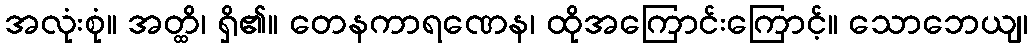
အလုံးစုံ။ အတ္ထိ၊ ရှိ၏။ တေနကာရဏေန၊ ထိုအကြောင်းကြောင့်။ သောဘေယျ၊